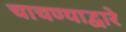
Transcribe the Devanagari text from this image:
चाचण्याद्वारे